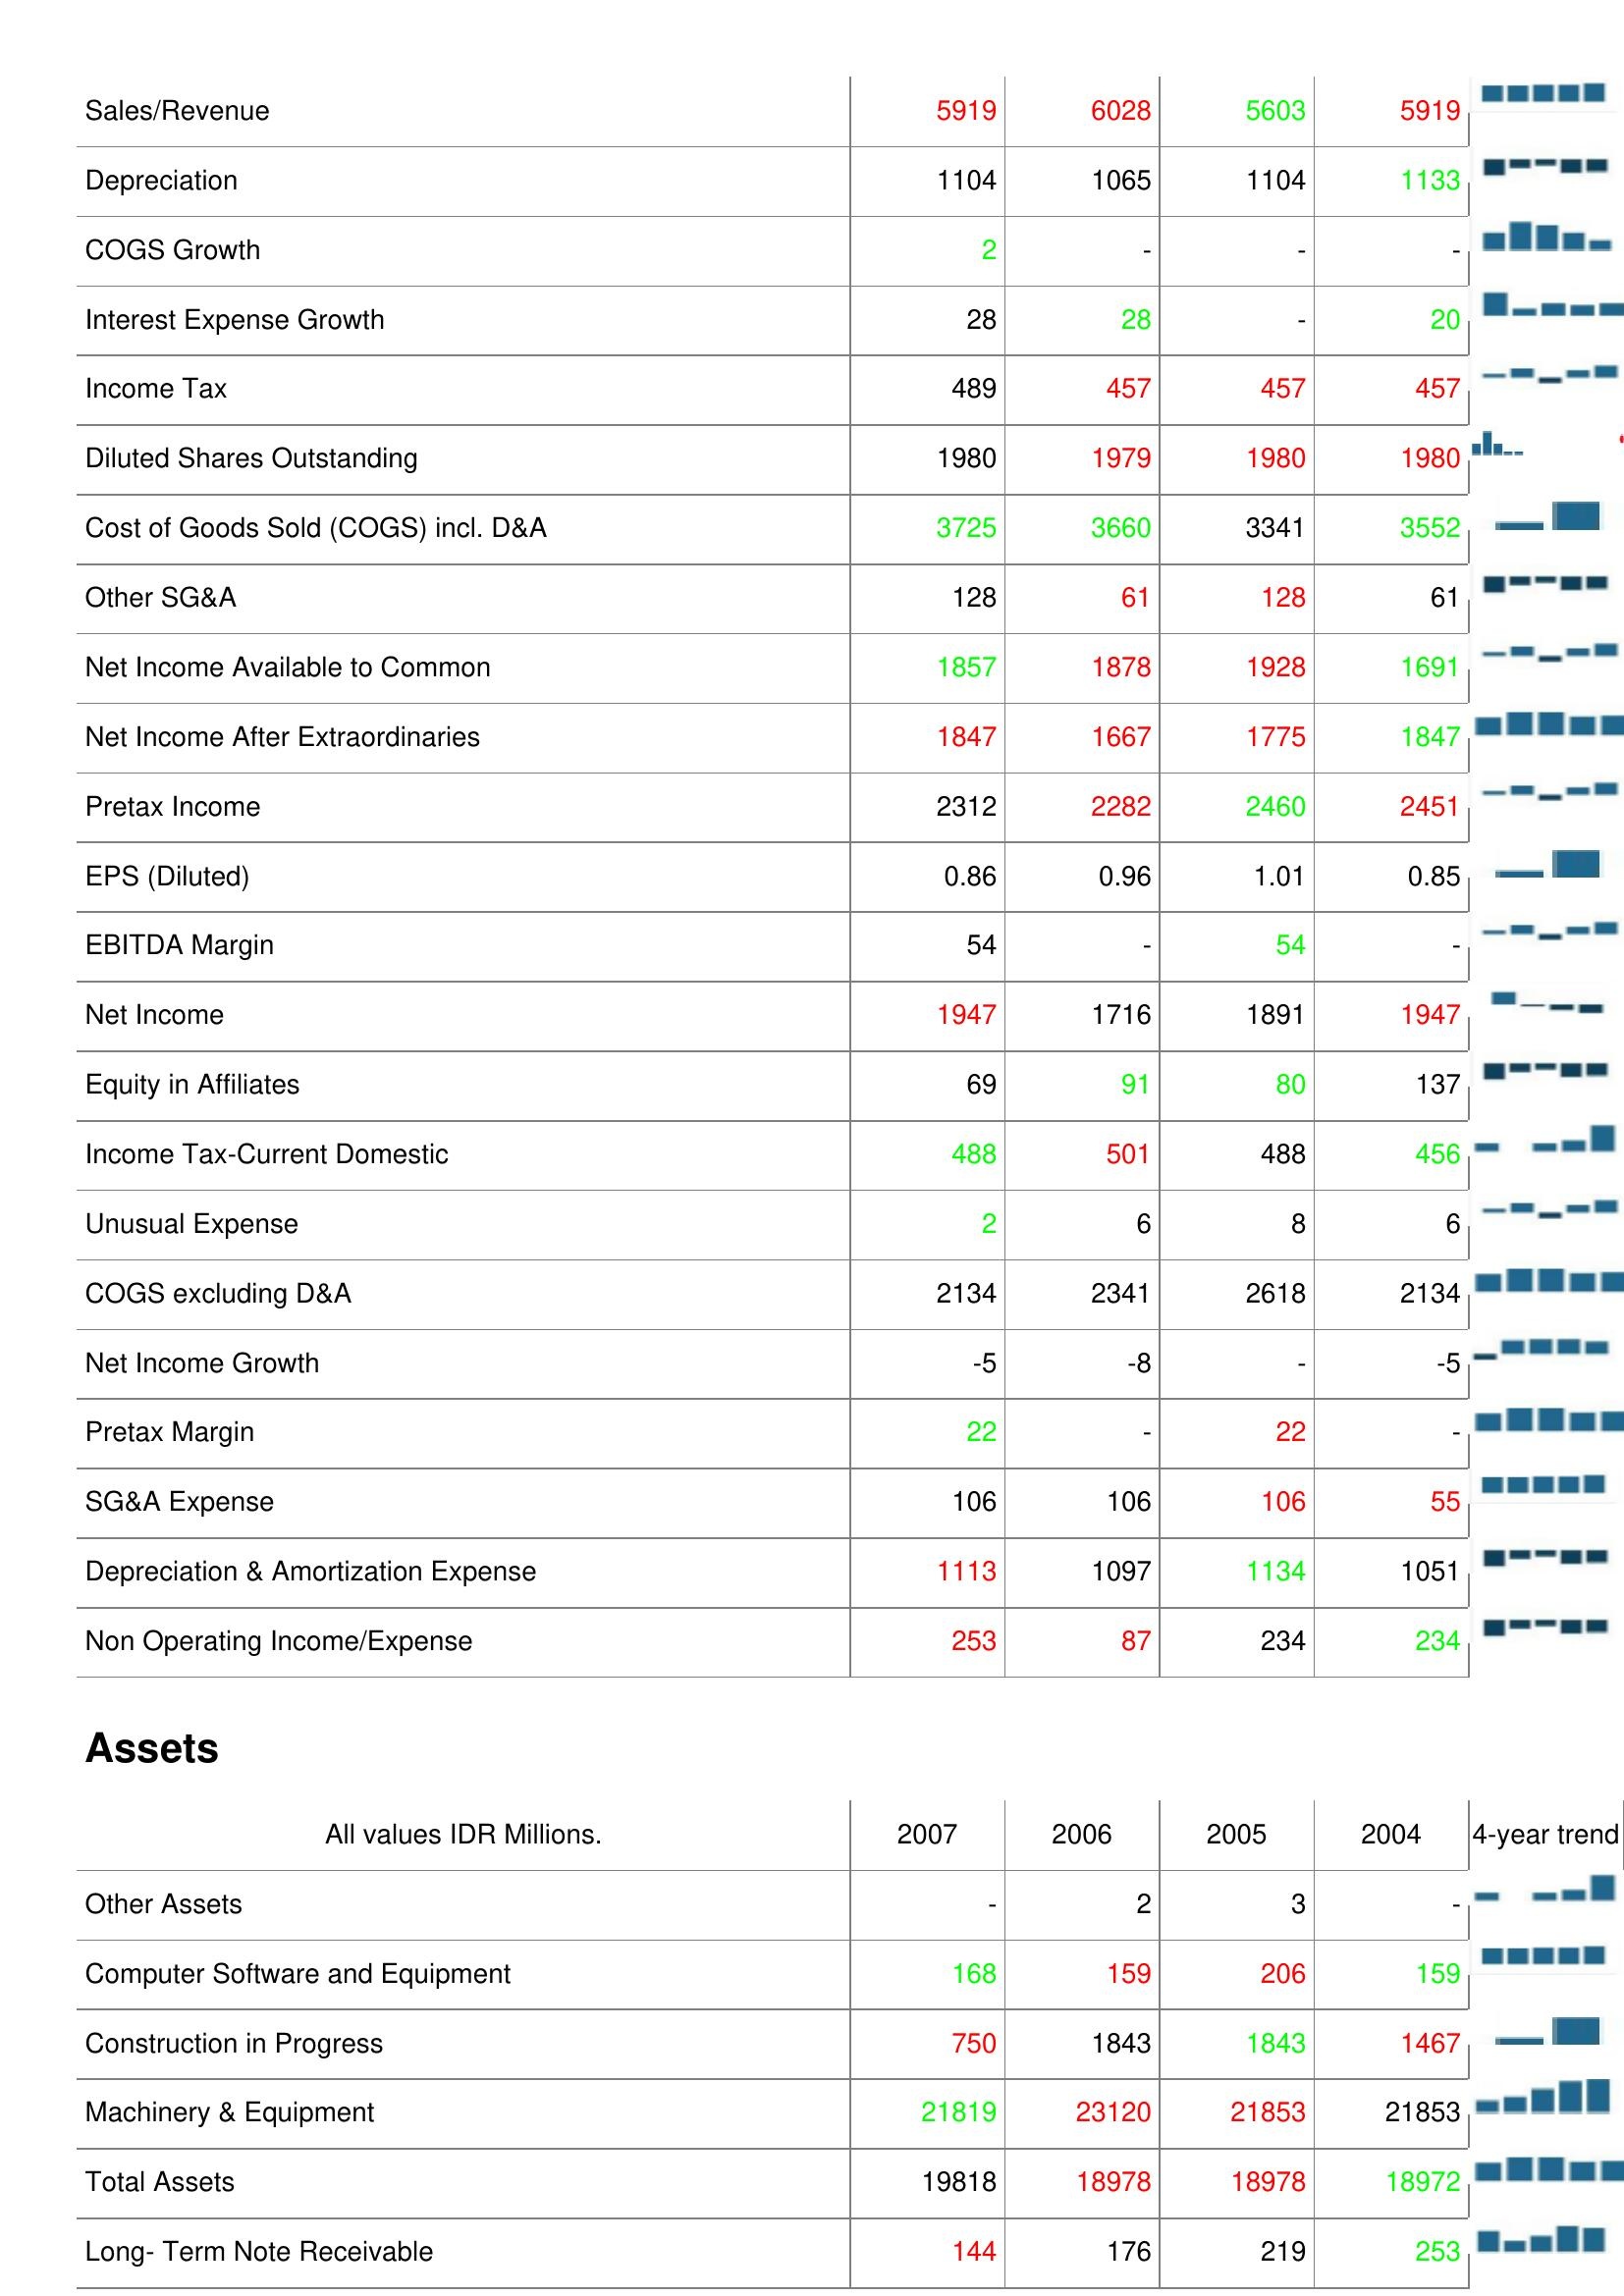
2007: : Sales/Revenue: 5919
Depreciation: 1104
COGS Growth: 2
Interest Expense Growth: 28
Income Tax: 489
Diluted Shares Outstanding: 1980
Cost of Goods Sold (COGS) incl. D&A: 3725
Other SG&A: 128
Net Income Available to Common: 1857
Net Income After Extraordinaries: 1847
Pretax Income: 2312
EPS (Diluted): 0.86
EBITDA Margin: 54
Net Income: 1947
Equity in Affiliates: 69
Income Tax-Current Domestic: 488
Unusual Expense: 2
COGS excluding D&A: 2134
Net Income Growth: -5
Pretax Margin: 22
SG&A Expense: 106
Depreciation & Amortization Expense: 1113
Non Operating Income/Expense: 253
Assets: Other Assets: -
Computer Software and Equipment: 168
Construction in Progress: 750
Machinery & Equipment: 21819
Total Assets: 19818
Long- Term Note Receivable: 144
2006: : Sales/Revenue: 6028
Depreciation: 1065
COGS Growth: -
Interest Expense Growth: 28
Income Tax: 457
Diluted Shares Outstanding: 1979
Cost of Goods Sold (COGS) incl. D&A: 3660
Other SG&A: 61
Net Income Available to Common: 1878
Net Income After Extraordinaries: 1667
Pretax Income: 2282
EPS (Diluted): 0.96
EBITDA Margin: -
Net Income: 1716
Equity in Affiliates: 91
Income Tax-Current Domestic: 501
Unusual Expense: 6
COGS excluding D&A: 2341
Net Income Growth: -8
Pretax Margin: -
SG&A Expense: 106
Depreciation & Amortization Expense: 1097
Non Operating Income/Expense: 87
Assets: Other Assets: 2
Computer Software and Equipment: 159
Construction in Progress: 1843
Machinery & Equipment: 23120
Total Assets: 18978
Long- Term Note Receivable: 176
2005: : Sales/Revenue: 5603
Depreciation: 1104
COGS Growth: -
Interest Expense Growth: -
Income Tax: 457
Diluted Shares Outstanding: 1980
Cost of Goods Sold (COGS) incl. D&A: 3341
Other SG&A: 128
Net Income Available to Common: 1928
Net Income After Extraordinaries: 1775
Pretax Income: 2460
EPS (Diluted): 1.01
EBITDA Margin: 54
Net Income: 1891
Equity in Affiliates: 80
Income Tax-Current Domestic: 488
Unusual Expense: 8
COGS excluding D&A: 2618
Net Income Growth: -
Pretax Margin: 22
SG&A Expense: 106
Depreciation & Amortization Expense: 1134
Non Operating Income/Expense: 234
Assets: Other Assets: 3
Computer Software and Equipment: 206
Construction in Progress: 1843
Machinery & Equipment: 21853
Total Assets: 18978
Long- Term Note Receivable: 219
2004: : Sales/Revenue: 5919
Depreciation: 1133
COGS Growth: -
Interest Expense Growth: 20
Income Tax: 457
Diluted Shares Outstanding: 1980
Cost of Goods Sold (COGS) incl. D&A: 3552
Other SG&A: 61
Net Income Available to Common: 1691
Net Income After Extraordinaries: 1847
Pretax Income: 2451
EPS (Diluted): 0.85
EBITDA Margin: -
Net Income: 1947
Equity in Affiliates: 137
Income Tax-Current Domestic: 456
Unusual Expense: 6
COGS excluding D&A: 2134
Net Income Growth: -5
Pretax Margin: -
SG&A Expense: 55
Depreciation & Amortization Expense: 1051
Non Operating Income/Expense: 234
Assets: Other Assets: -
Computer Software and Equipment: 159
Construction in Progress: 1467
Machinery & Equipment: 21853
Total Assets: 18972
Long- Term Note Receivable: 253